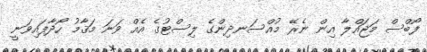
ފޯބްސް މަޖައްލާ އިން ނެރޭ މުއްސަނދިންގެ ލިސްޓުގެ އެއް ވަނަ މަޤާމު ހޯދާފައިވަނީ